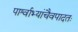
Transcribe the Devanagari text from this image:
पार्श्वाभ्यांचैवपादतः